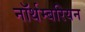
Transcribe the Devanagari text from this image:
नॉर्थम्बरियन